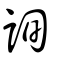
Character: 詢